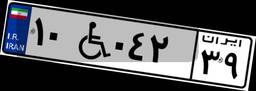
۱۰W۰۴۲۳۹